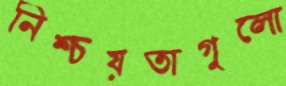
নিশ্চয়তাগুলো